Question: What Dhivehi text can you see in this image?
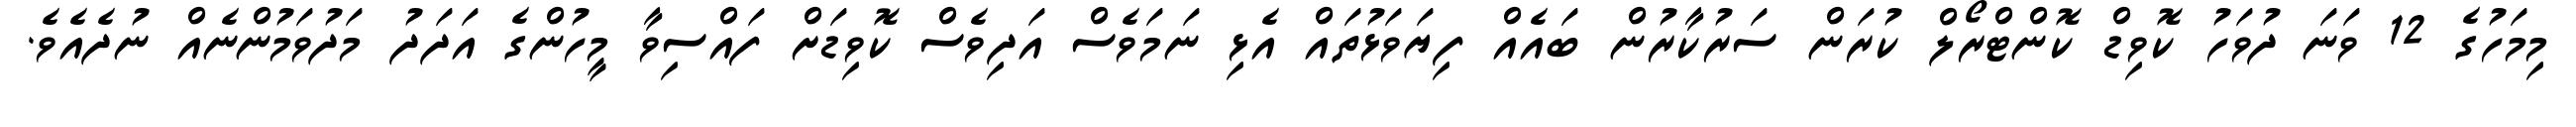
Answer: މިމަހުގެ 12 ވަނަ ދުވަހު ކޮވިޑް ކޮންޓްރޯލް ކުރަން ސަރުކާރުން ބައެއް ފިޔަވަޅުތައް އެޅި ނަމަވެސް އަދިވެސް ކޮވިޑަށް ފައްސިވާ މީހުންގެ އަދަދު މަދުވަމުންނެއް ނުދެއެވެ.